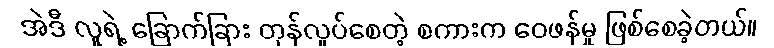
အဲဒီ လူရဲ့ ခြောက်ခြား တုန်လှုပ်စေတဲ့ စကားက ဝေဖန်မှု ဖြစ်စေခဲ့တယ်။